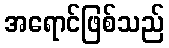
အရောင်ဖြစ်သည်